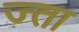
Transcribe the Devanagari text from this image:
ज्ता